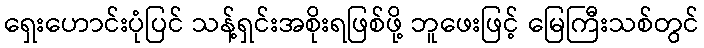
ရှေးဟောင်းပုံပြင် သန့်ရှင်းအစိုးရဖြစ်ဖို့ ဘူဖေးဖြင့် မြေကြီးသစ်တွင်